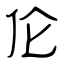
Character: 伦